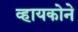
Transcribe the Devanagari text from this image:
व्हायकोने